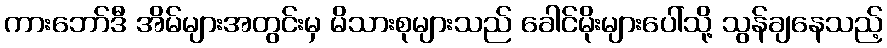
ကားဘော်ဒီ အိမ်များအတွင်းမှ မိသားစုများသည် ခေါင်မိုးများပေါ်သို့ သွန်ချနေသည့်